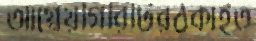
আগ্নেয়গিরিটিরঠকাইত